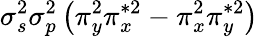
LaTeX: \sigma_{s}^{2}\sigma_{p}^{2}\left(\pi_{y}^{2}\pi_{x}^{*2}-\pi_{x}^{2}\pi_{y}^{*2}\right)